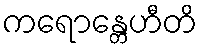
ကရောန္တေဟီတိ